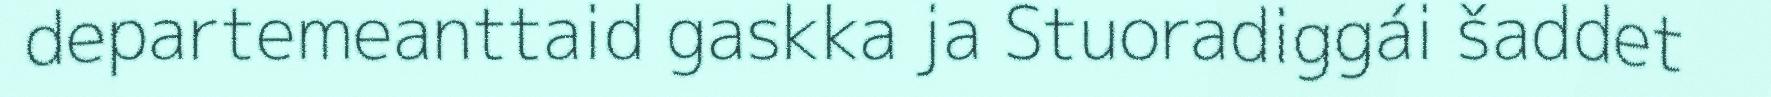
departemeanttaid gaskka ja Stuoradiggái šaddet